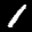
Label: 1